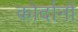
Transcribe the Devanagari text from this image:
कोर्दानों